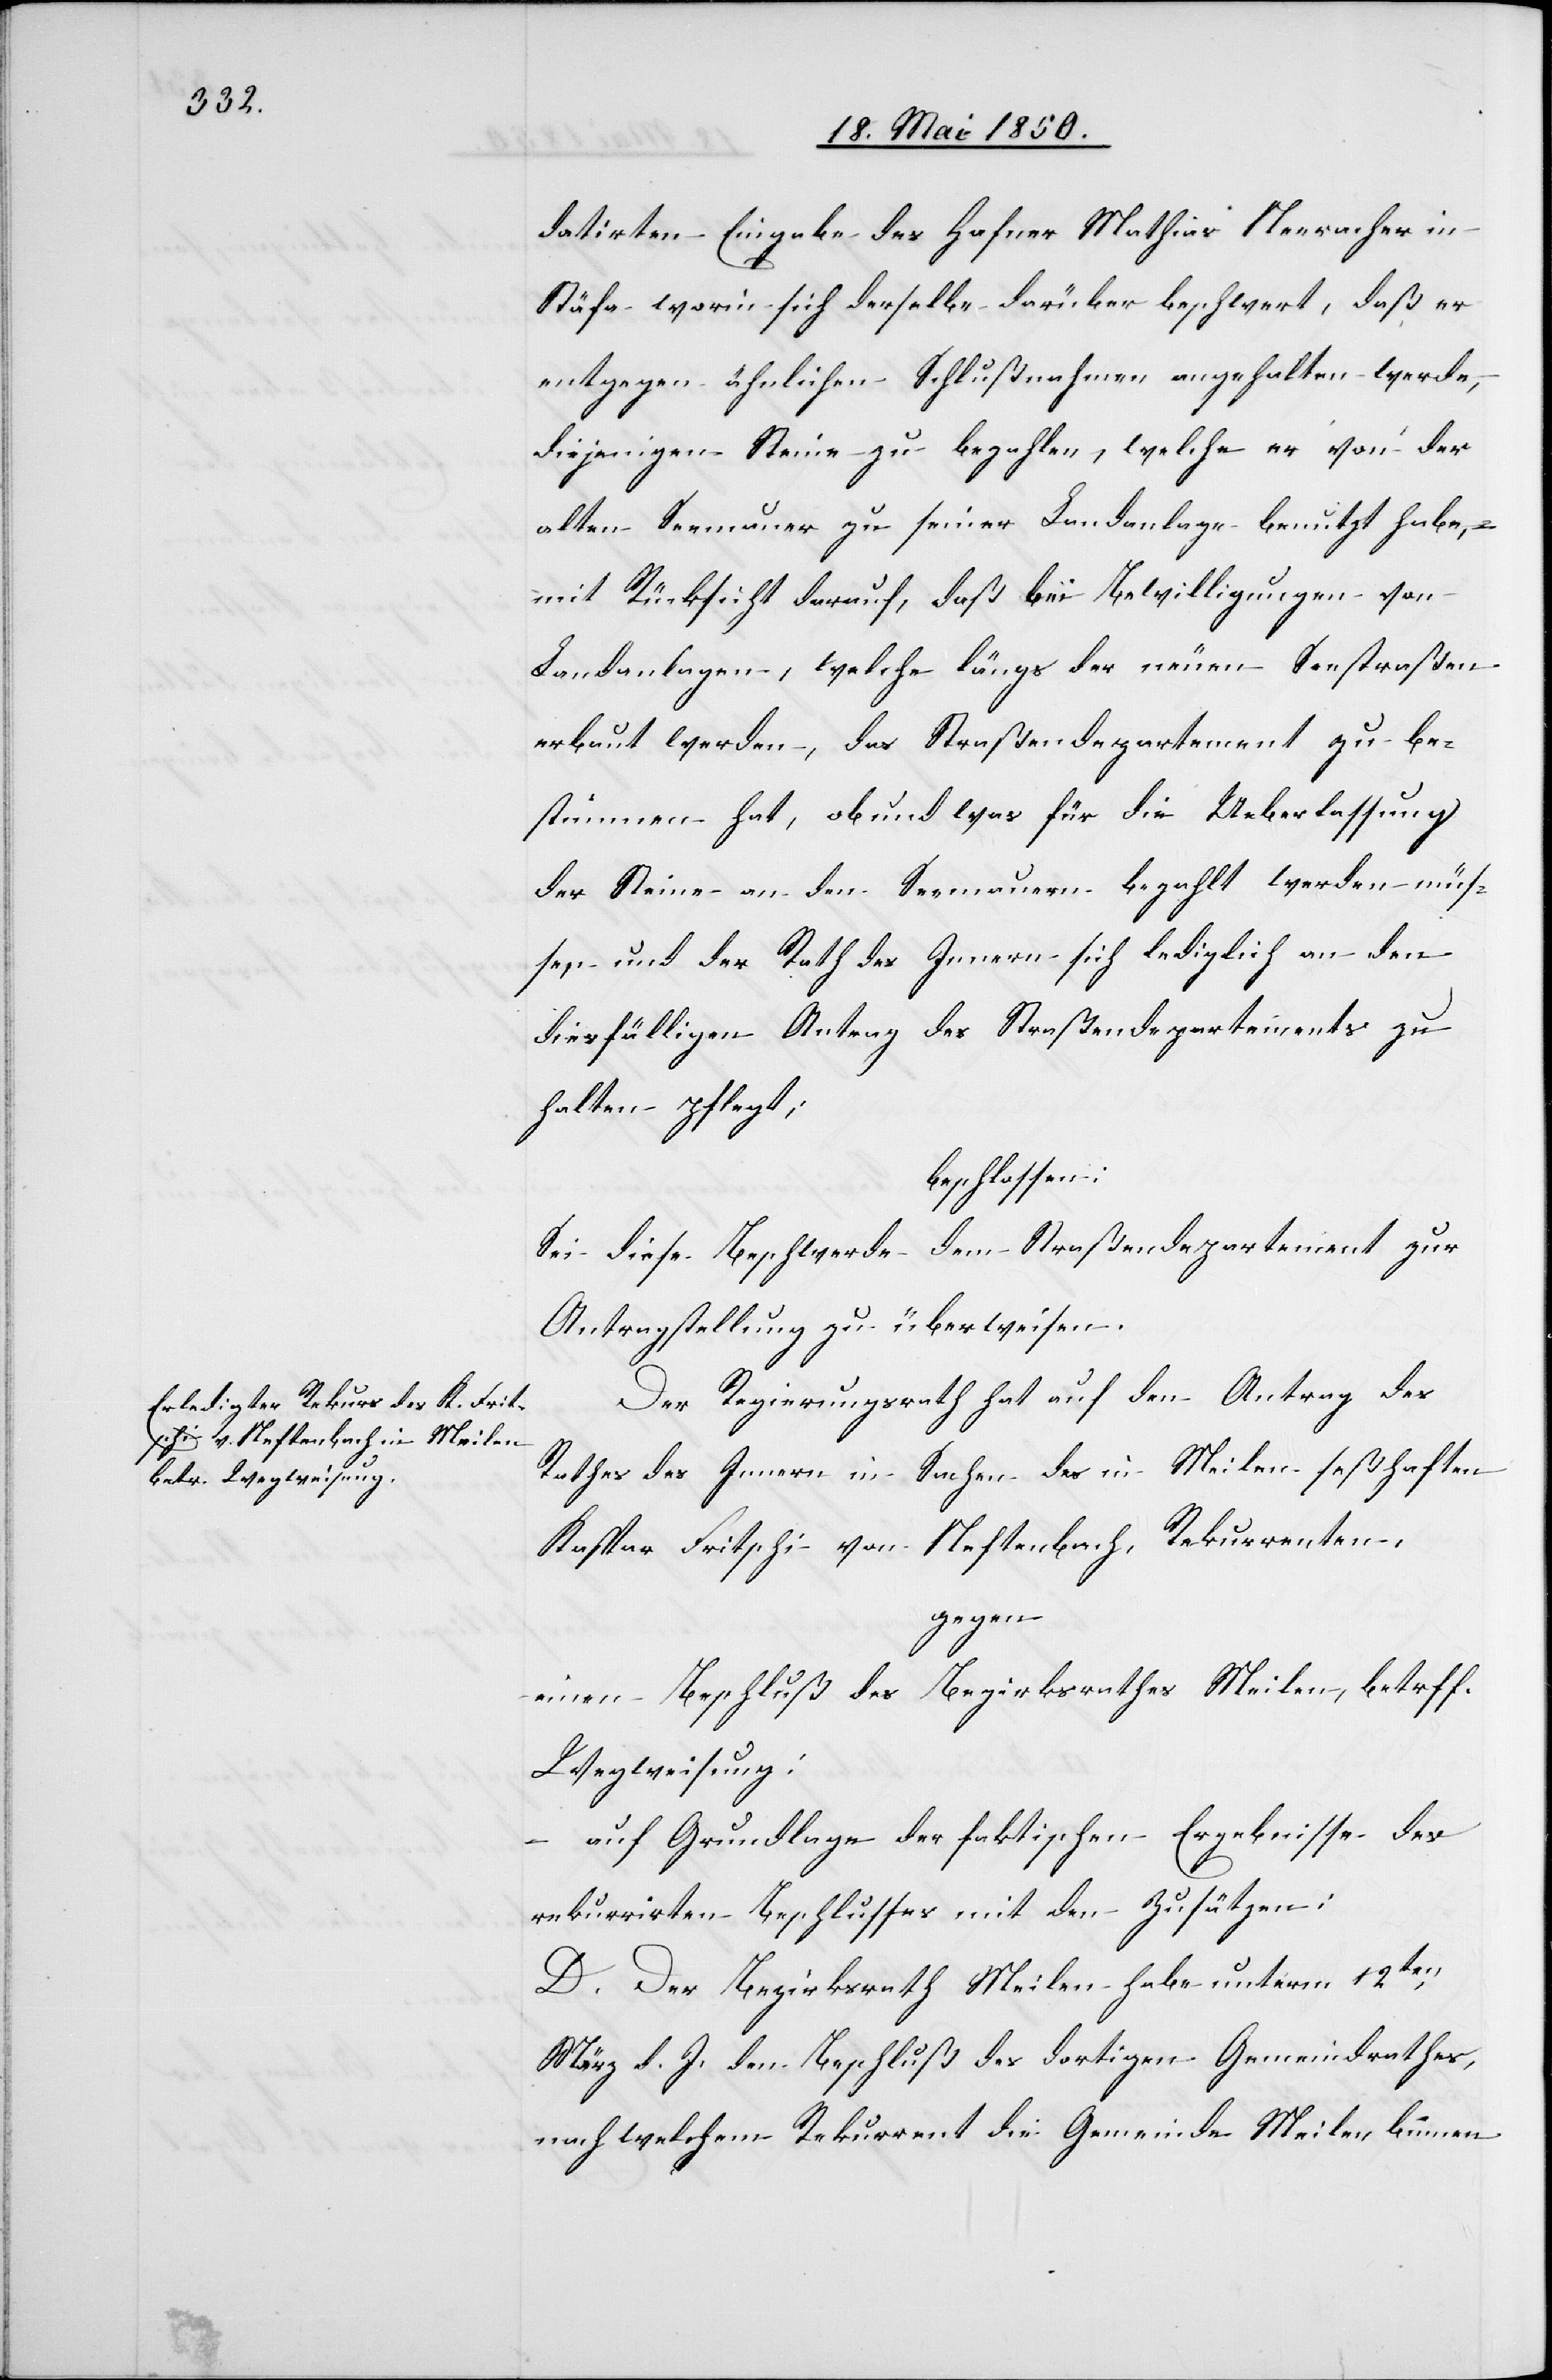
datirten Eingabe des Hafner Mathias Neeracher in
Stäfa worin sich derselbe darüber beschwert, daß er
entgegen ähnlichen Schlußnahmen angehalten werde,
diejenigen Steine zu bezahlen, welche er von der
alten Seemauer zu seiner Landanlage benutzt habe, –
mit Rücksicht darauf, daß bei Bewilligungen von
Landanlagen, welche längs der neuen Seestraßen
erbaut werden, das Straßendepartement zu be¬
stimmen hat, ob und was für die Ueberlassung
der Steine an den Seemauern bezahlt werden müs¬
sen und der Rath des Innern sich lediglich an den
diesfälligen Antrag des Straßendepartements zu
halten pflegt;
beschlossen:
Sei diese Beschwerde dem Straßendepartement zur
Antragstellung zu überweisen.
Der Regierungsrath hat auf den Antrag des
Rathes des Innern in Sachen des in Meilen seßhaften
Kaspar Fritschi von Neftenbach, Rekurrenten,
gegen
einen Beschluß des Bezirksrathes Meilen, betrff.
Wegweisung:
auf Grundlage der faktischen Ergebnisse des
rekurrirten Beschlusses mit den Zusätzen:
D. Der Bezirksrath Meilen habe unterm 12ten
März d. J. den Beschluß des dortigen Gemeindrathes,
nach welchem Rekurrent die Gemeinde Meilen binnen